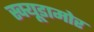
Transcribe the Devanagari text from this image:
स्क्यूडामोर